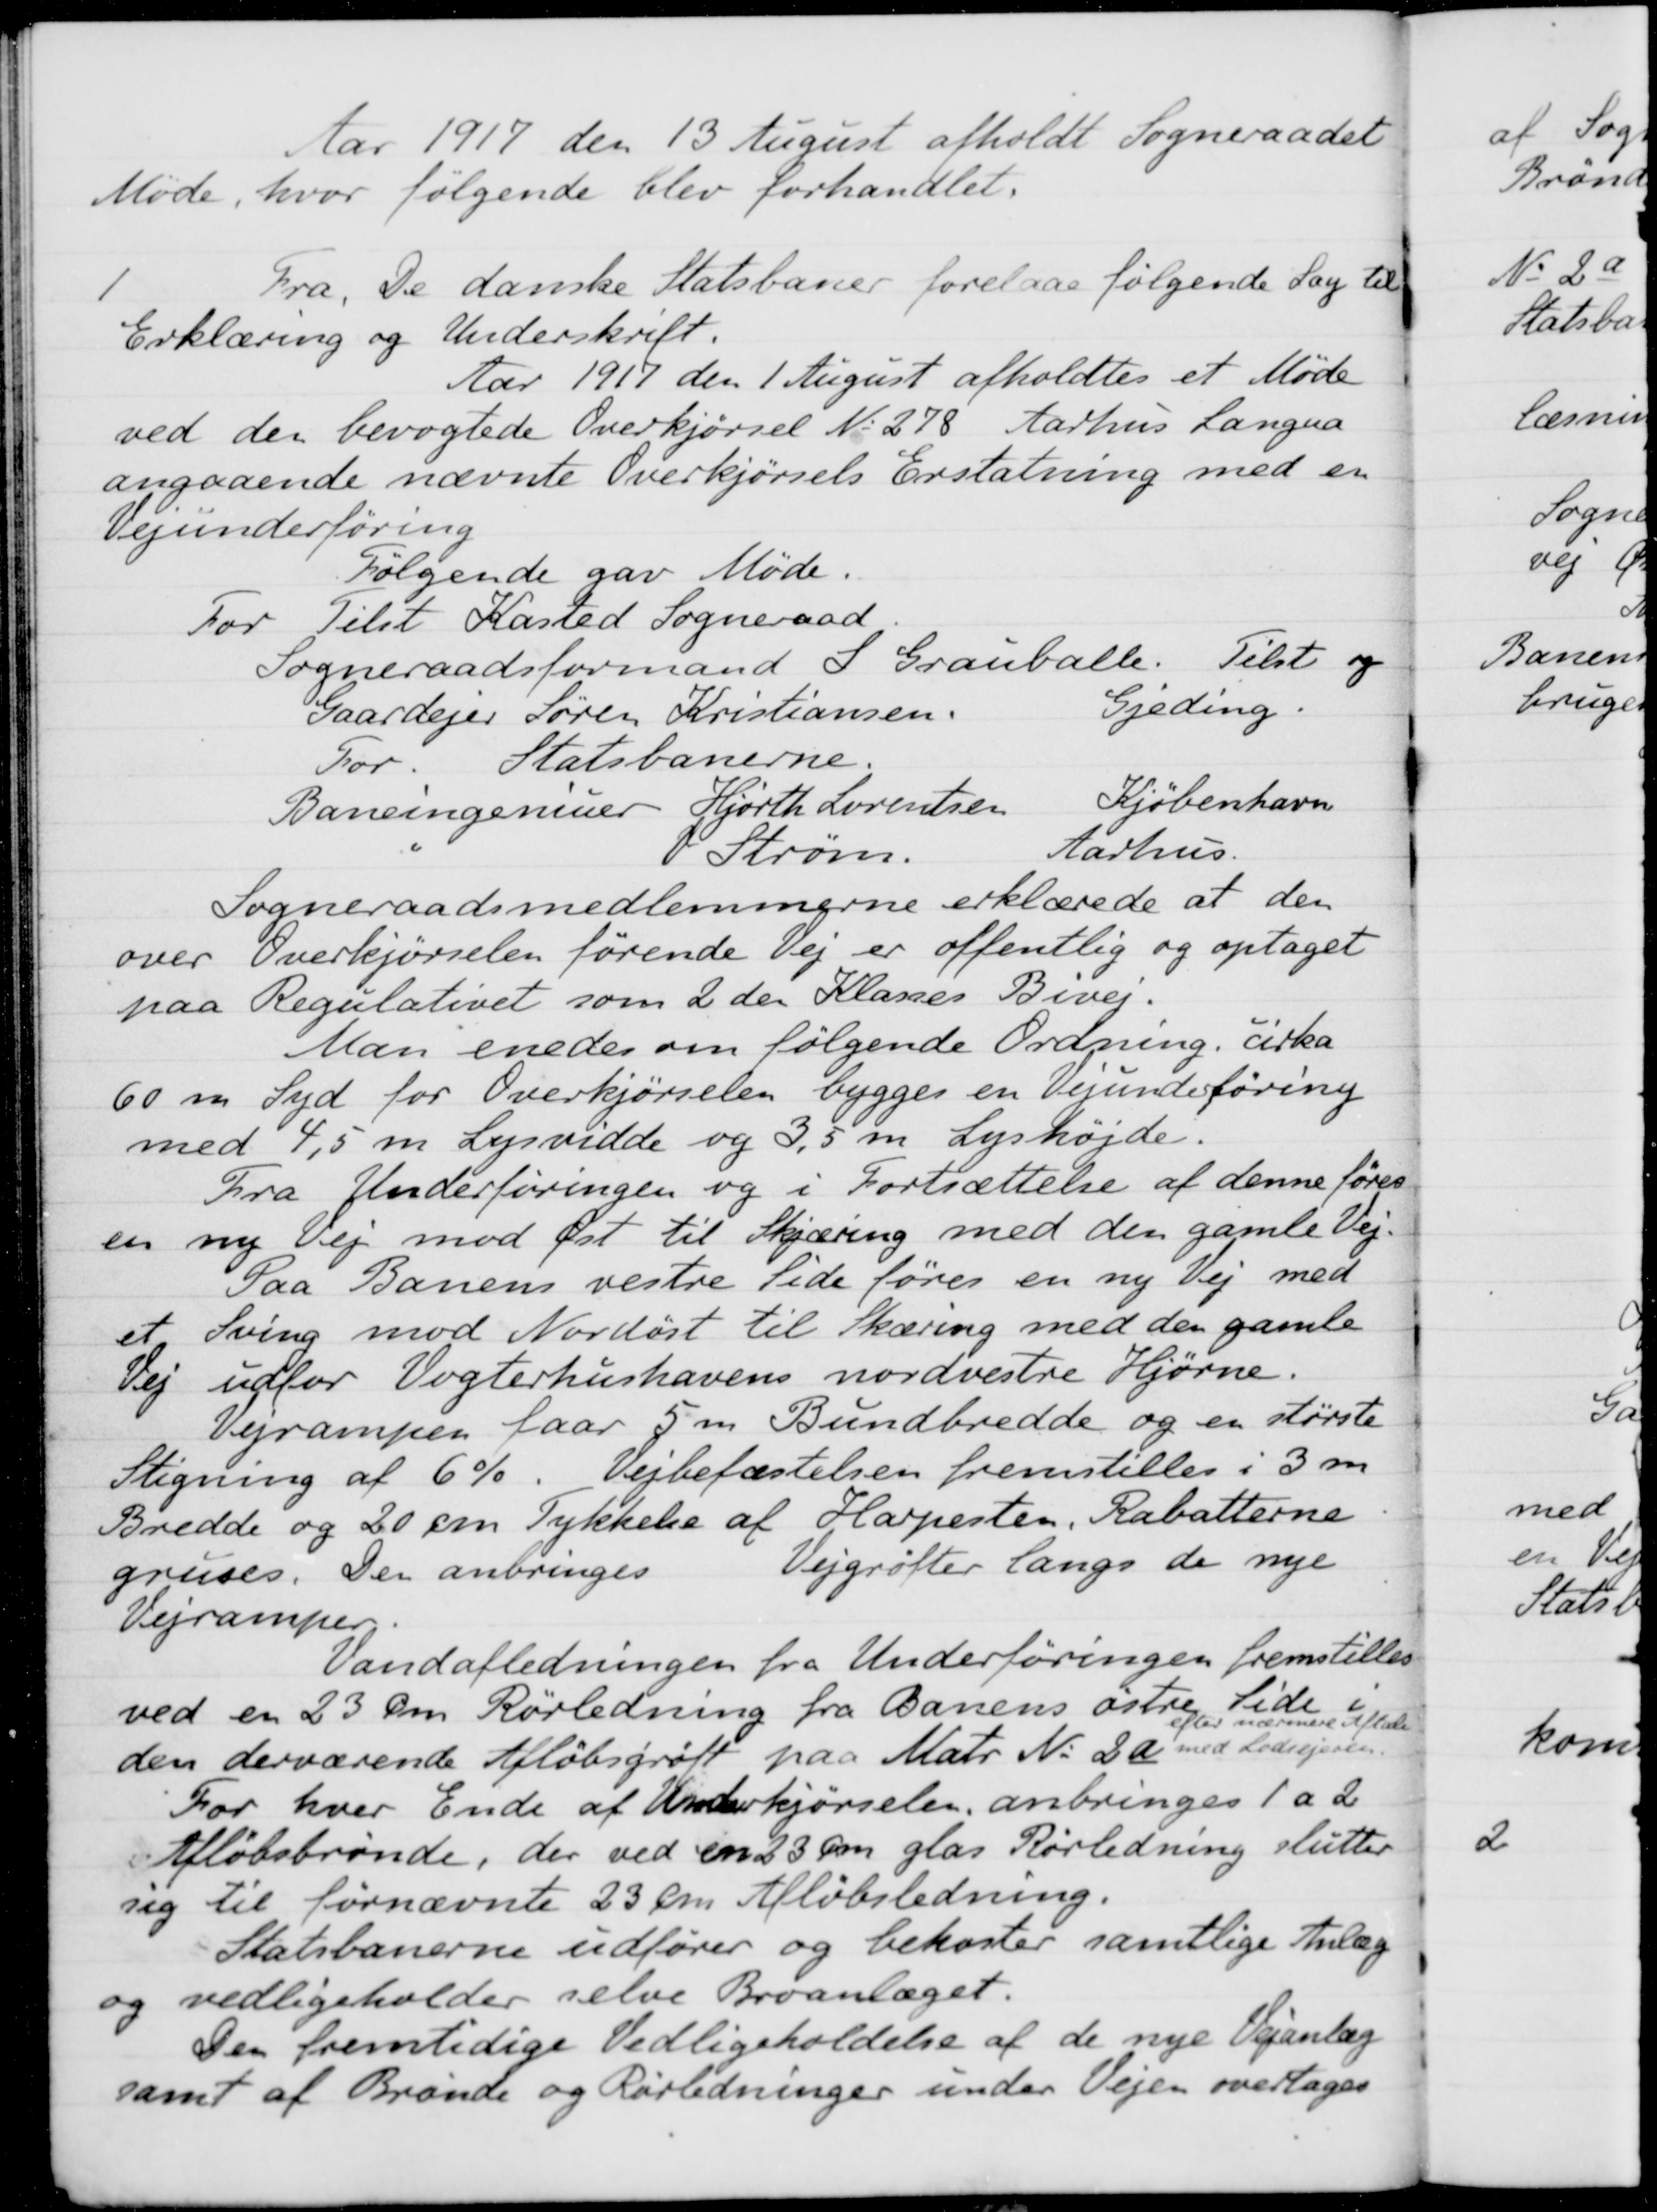
Transskription:
Aar 1917 den 13 August afholdt Sogneraadet
Møde, hvor følgende blev forhandlet.
1
Fra De danske Statsbaner forelaa følgende Sag til
Erklæring og Underskrift.
Aar 1917 den 1 August afholdtes et Møde
ved den bevogtede Overkjørsel No 278 Aarhus Langua
angaaende nævnte Overkjørsels Erstatning med en
Vejunderføring
Følgende gav Møde.
For Tilst Kasted Sogneraad
Sogneraadsformand S Grauballe. Tilst og
Gaardejer Søren Kristiansen
Gjeding.
For
Statsbanerne.
Baneingeniuer Hjorth Lorentsen
Kjøbenhavn
O. Strøm
Aarhus.
Sogneraadsmedlemmerne erklærede at den
over Overkjørselen førende Vej er offentlig og optaget
paa Regulativet som 2 den Klasses Bivej.
Man enedes om følgende Ordning cirka
60 m og Syd for Overkjørselen bygges en Vejunderføring
med 4,5 m Lysvidde og 3,5 m Lyshøjde.
Fra Underføringen og i Fortsættelse af denne føres
en ny Vej mod Øst til Skjæring med den gamle Vej.
Paa Banens vestre Side føres en ny Vej med
et Sving mod Nordøst til Skæring med den gamle
Vej udfor Vogterhushavens nordvestre Hjørne.
Vejrampen faar 5 m Bundbredde og en største
Stigning af 6%. Vejbefæstelsen fremstilles i 3 m
Bredde og 20 om Tykkelse af Hapesten, Rabatterne
gruses. Den anbringes Vejgrøfter langs de nye
Vejramper,
Vandafledningen fra Underføringen fremstilles
ved en 23 cm Rørledning fra Banens østre Side i
den derværende Afløbsgrøft paa Matr. Nr. 2a
efter nærværende Aftale
med Lodsejeren.
For hver Ende af Underkjørselen, anbringes 1 a 2
Afløbsbrønde, der ved en 23 cm glas Rørledning slutter
sig til førnævnte 23 cm Afløbsledning.
Statsbanerne udfører og bekoster samtlige Anlæg
og vedligeholder selve Broanlæget.
Der fremtidige Vedligeholdelse af de nye Vejanlæg
samt af Brønde og Rørledninger under Vejen overtages